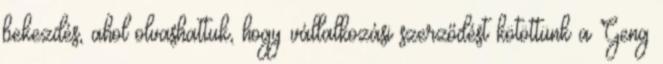
bekezdés, ahol olvashattuk, hogy vállalkozási szerződést kötöttünk a Geng